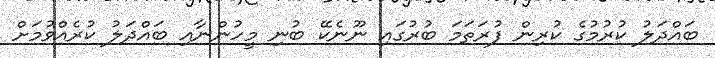
ބައްދަލު ކުރުމުގެ ކުރިން ފުރަތަމަ ބުރުގައި ނޫނެކޭ ބުނި މީހުންނާއި ބައްދަލު ކުރެއްވުމަށް